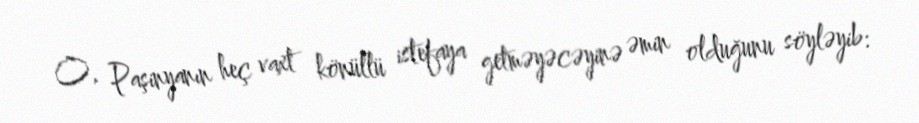
O, Paşinyanın heç vaxt könüllü istefaya getməyəcəyinə əmin olduğunu söyləyib: